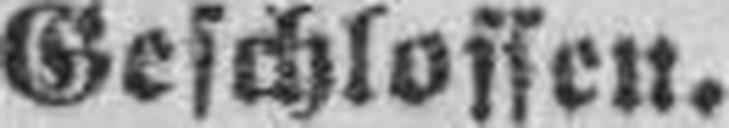
Geschlossen.